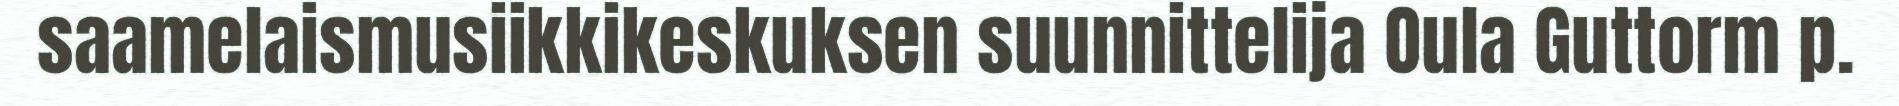
saamelaismusiikkikeskuksen suunnittelija Oula Guttorm p.